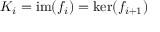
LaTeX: K _ { i } = \operatorname { i m } ( f _ { i } ) = \ker ( f _ { i + 1 } )